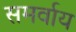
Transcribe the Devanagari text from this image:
समर्वाय